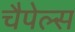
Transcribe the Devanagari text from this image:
चैपेल्स